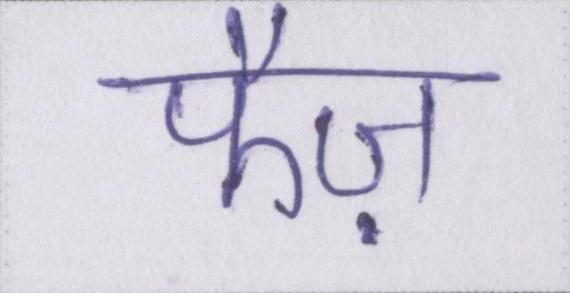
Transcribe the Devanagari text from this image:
फैज़